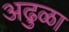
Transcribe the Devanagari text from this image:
अढुळा